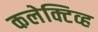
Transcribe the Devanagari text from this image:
कलेक्टिव्ह